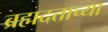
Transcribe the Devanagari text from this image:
ब्रह्मदत्ताच्या